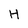
Character: H